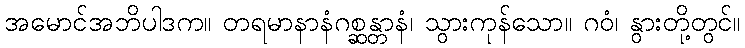
အမောင်အဘိပါဒက။ တရမာနာနံဂစ္ဆန္တာနံ၊ သွားကုန်သော။ ဂဝံ၊ နွားတို့တွင်။